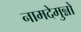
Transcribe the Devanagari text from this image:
नामदेमुन्नों